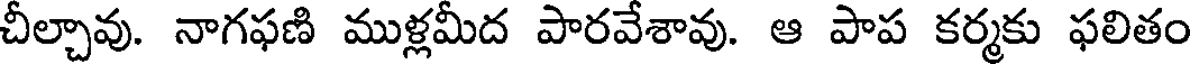
చీల్చావు. నాగఫణి ముళ్లమీద పారవేశావు. ఆ పాప కర్మకు ఫలితం